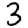
Digit: 3